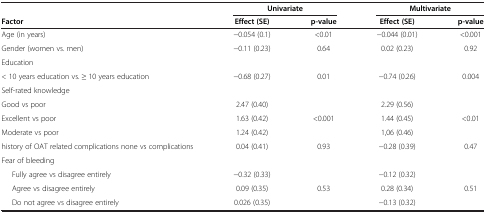
<table><thead><tr><td><b> </b></td><td colspan="2"><b>Univariate</b></td><td colspan="2"><b>Multivariate</b></td></tr><tr><td><b>Factor</b></td><td><b>Effect (SE)</b></td><td><b>p-value</b></td><td><b>Effect (SE)</b></td><td><b>p-value</b></td></tr></thead><tbody><tr><td>Age (in years)</td><td>−0.054 (0.1)</td><td>&lt;0.01</td><td>−0.044 (0.01)</td><td>&lt;0.001</td></tr><tr><td>Gender (women vs. men)</td><td>−0.11 (0.23)</td><td>0.64</td><td>0.02 (0.23)</td><td>0.92</td></tr><tr><td>Education</td><td> </td><td> </td><td> </td><td> </td></tr><tr><td>&lt; 10 years education vs. ≥ 10 years education</td><td>−0.68 (0.27)</td><td>0.01</td><td>−0.74 (0.26)</td><td>0.004</td></tr><tr><td colspan="5">Self-rated knowledge</td></tr><tr><td>Good vs poor</td><td>2.47 (0.40)</td><td rowspan="3">&lt;0.001</td><td>2.29 (0.56)</td><td rowspan="3">&lt;0.01</td></tr><tr><td>Excellent vs poor</td><td>1.63 (0.42)</td><td>1.44 (0.45)</td></tr><tr><td>Moderate vs poor</td><td>1.24 (0.42)</td><td>1,06 (0.46)</td></tr><tr><td>history of OAT related complications none vs complications</td><td>0.04 (0.41)</td><td>0.93</td><td>−0.28 (0.39)</td><td>0.47</td></tr><tr><td colspan="5">Fear of bleeding</td></tr><tr><td>Fully agree vs disagree entirely</td><td>−0.32 (0.33)</td><td rowspan="3">0.53</td><td>−0.12 (0.32)</td><td rowspan="3">0.51</td></tr><tr><td>Agree vs disagree entirely</td><td>0.09 (0.35)</td><td>0.28 (0.34)</td></tr><tr><td>Do not agree vs disagree entirely</td><td>0.026 (0.35)</td><td>−0.13 (0.32)</td></tr></tbody></table>